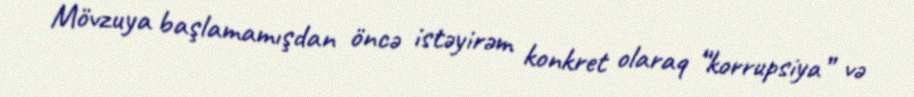
Mövzuya başlamamışdan öncə istəyirəm konkret olaraq “korrupsiya” və